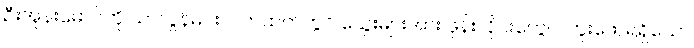
ဦးအုန်းမောင်ကို သာလွန်မင်းလက်ထက်တွင် သွေးများအား ဖုန်းလိုင်းတွေပါ တူးဖော်ရရှိသော